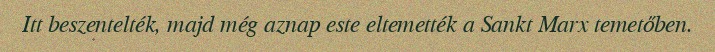
Itt beszentelték, majd még aznap este eltemették a Sankt Marx temetőben.